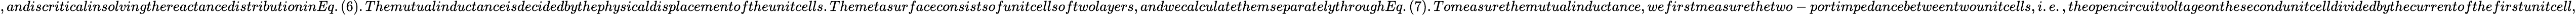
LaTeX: ,andiscriticalinsolvingthereactancedistributioninEq.(6).Themutualinductanceisdecidedbythephysicaldisplacementoftheunitcells.Themetasurfaceconsistsofunitcellsoftwolayers,andwecalculatethemseparatelythroughEq.(7).Tomeasurethemutualinductance,wefirstmeasurethetwo-portimpedancebetweentwounitcells,i.e.,theopencircuitvoltageonthesecondunitcelldividedbythecurrentofthefirstunitcell,